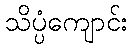
သိပ္ပံကျောင်း